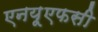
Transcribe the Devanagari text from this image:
एनय़ूएफसी